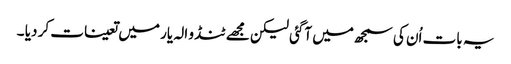
یہ بات اُن کی سمجھ میں آگئی لیکن مجھے ٹنڈو الہ یار میں تعینات کر دیا ۔